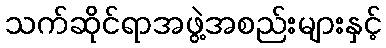
သက်ဆိုင်ရာအဖွဲ့အစည်းများနှင့်